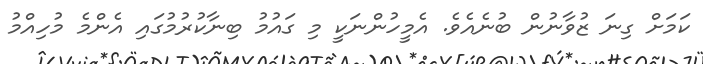
ކަމަށް ގިނަ ޒުވާނުން ބުނެއެވެ. އެމީހުންނަކީ މި ގައުމު ބިނާކުރުމުގައި އެންމެ މުހިއްމު